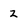
Character: 2